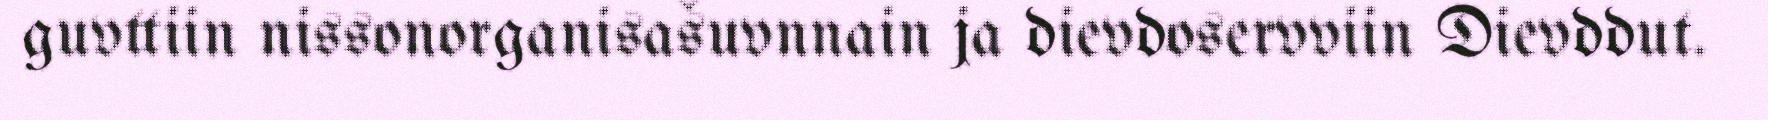
guvttiin nissonorganisašuvnnain ja dievdoservviin Dievddut.